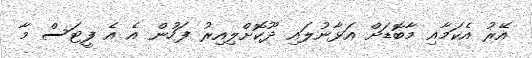
އޭރު އެކަމާއި މާބޮޑަށް އަޅާނުލައި ދޫކޮށްލިއިރު ފަހުން އެ އެ ފީޓަސް މާ